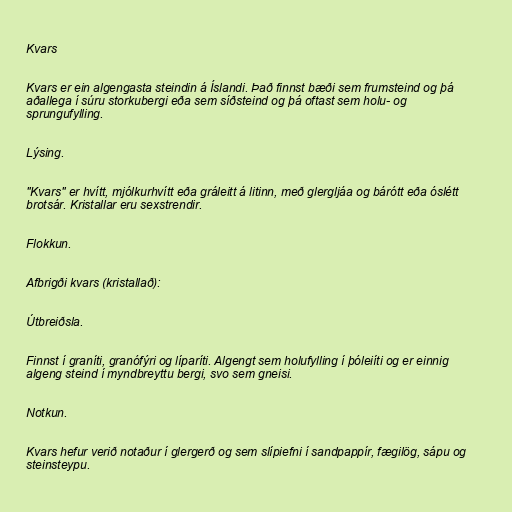
Kvars

Kvars er ein algengasta steindin á Íslandi. Það finnst bæði sem frumsteind og þá
aðallega í súru storkubergi eða sem síðsteind og þá oftast sem holu- og
sprungufylling.

Lýsing.

"Kvars" er hvítt, mjólkurhvítt eða gráleitt á litinn, með glergljáa og bárótt eða óslétt
brotsár. Kristallar eru sexstrendir.

Flokkun.

Afbrigði kvars (kristallað):

Útbreiðsla.

Finnst í graníti, granófýri og líparíti. Algengt sem holufylling í þóleiíti og er einnig
algeng steind í myndbreyttu bergi, svo sem gneisi.

Notkun.

Kvars hefur verið notaður í glergerð og sem slípiefni í sandpappír, fægilög, sápu og
steinsteypu.